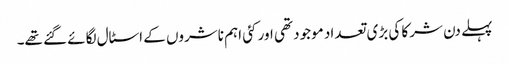
پہلے دن شرکا کی بڑی تعداد موجود تھی اور کئی اہم ناشروں کے اسٹال لگائے گئے تھے۔